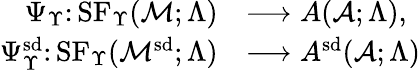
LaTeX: \begin{array}{rl}{\Psi_{\Upsilon}\colon\mathrm{SF}_{\Upsilon}(\mathcal{M};\Lambda)}&{\longrightarrow A(\mathcal{A};\Lambda),}\\ {\Psi_{\Upsilon}^{\smash{\mathrm{sd}}}\colon\mathrm{SF}_{\Upsilon}(\mathcal{M}^{\smash{\mathrm{sd}}};\Lambda)}&{\longrightarrow A^{\smash{\mathrm{sd}}}(\mathcal{A};\Lambda)}\end{array}